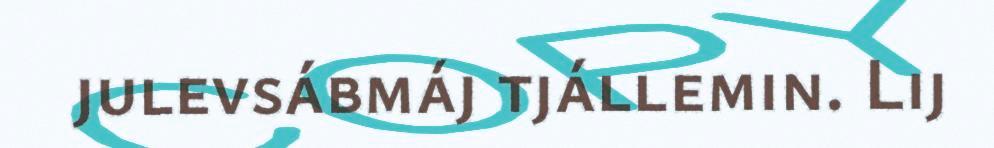
julevsábmáj tjállemin. Lij